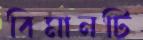
বিমানটি